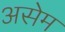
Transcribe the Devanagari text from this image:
असेम